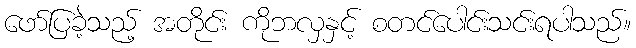
ဖော်ပြခဲ့သည့် အတိုင်း ကိုဘလှနှင့် စတင်ပေါင်းသင်းရပါသည်။